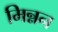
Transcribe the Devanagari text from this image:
मिन्नन